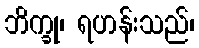
ဘိက္ခု၊ ရဟန်းသည်၊